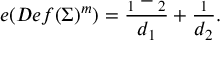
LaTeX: e ( D e f ( \Sigma ) ^ { m } ) = { \frac { \l _ { 1 } - \l _ { 2 } } { d _ { 1 } } } + { \frac { \l _ { 1 } } { d _ { 2 } } } .